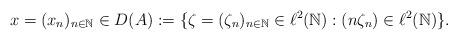
LaTeX: \begin{align*}x = (x_n)_{n \in \mathbb{N}} \in D(A) :=\{\zeta = (\zeta_n)_{n \in \mathbb{N}} \in \ell^2(\mathbb{N}) : (n\zeta_n)\in \ell^2(\mathbb{N})\}.\end{align*}